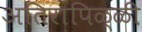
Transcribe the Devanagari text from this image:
अतिरापिळ्ळी